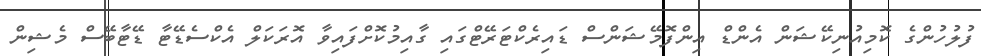
ފުލުހުންގެ ކޮމިއުނިކޭޝަން އެންޑް އިންފޮމޭޝަންސް ޑައިރެކްޓަރޭޓްގައި ގާއިމުކޮށްފައިވާ އޮރަކަލް އެކްސެޑޭޓާ ޑޭޓާބޭސް މެޝިން